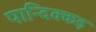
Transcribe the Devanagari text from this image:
पान्दिक्कड़